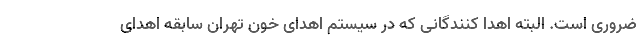
ضروری است. البته اهدا کنندگانی که در سیستم اهدای خون تهران سابقه اهدای